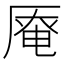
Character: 𠪎